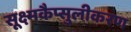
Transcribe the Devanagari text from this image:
सूक्ष्मकैप्सुलीकरण